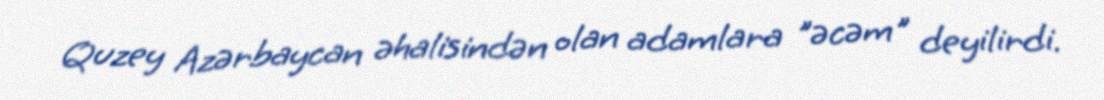
Quzey Azərbaycan əhalisindən olan adamlara "əcəm" deyilirdi.